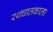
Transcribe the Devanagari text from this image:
रथचालकाला